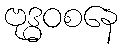
ဗုဒ္ဓဝစနေ